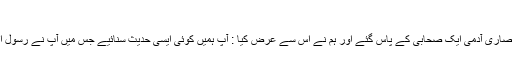
(قصۃ المسیح بحوالہ مسند احمد )
نیز جنادہ بن ابی امیہ ازدی سے روایت ہے کہ میں اور ایک انصاری آدمی ایک صحابی کے پاس گئے اور ہم نے اس سے عرض کیا : آپ ہمیں کوئی ایسی حدیث سنائیے جس میں آپ نے رسول اکرم صلی اللہ علیہ وسلم کو دجال کا تذکرہ کرتے ہوئے سنا ہو۔